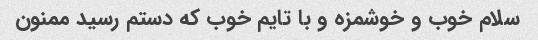
سلام خوب و خوشمزه و با تایم خوب که دستم رسید ممنون